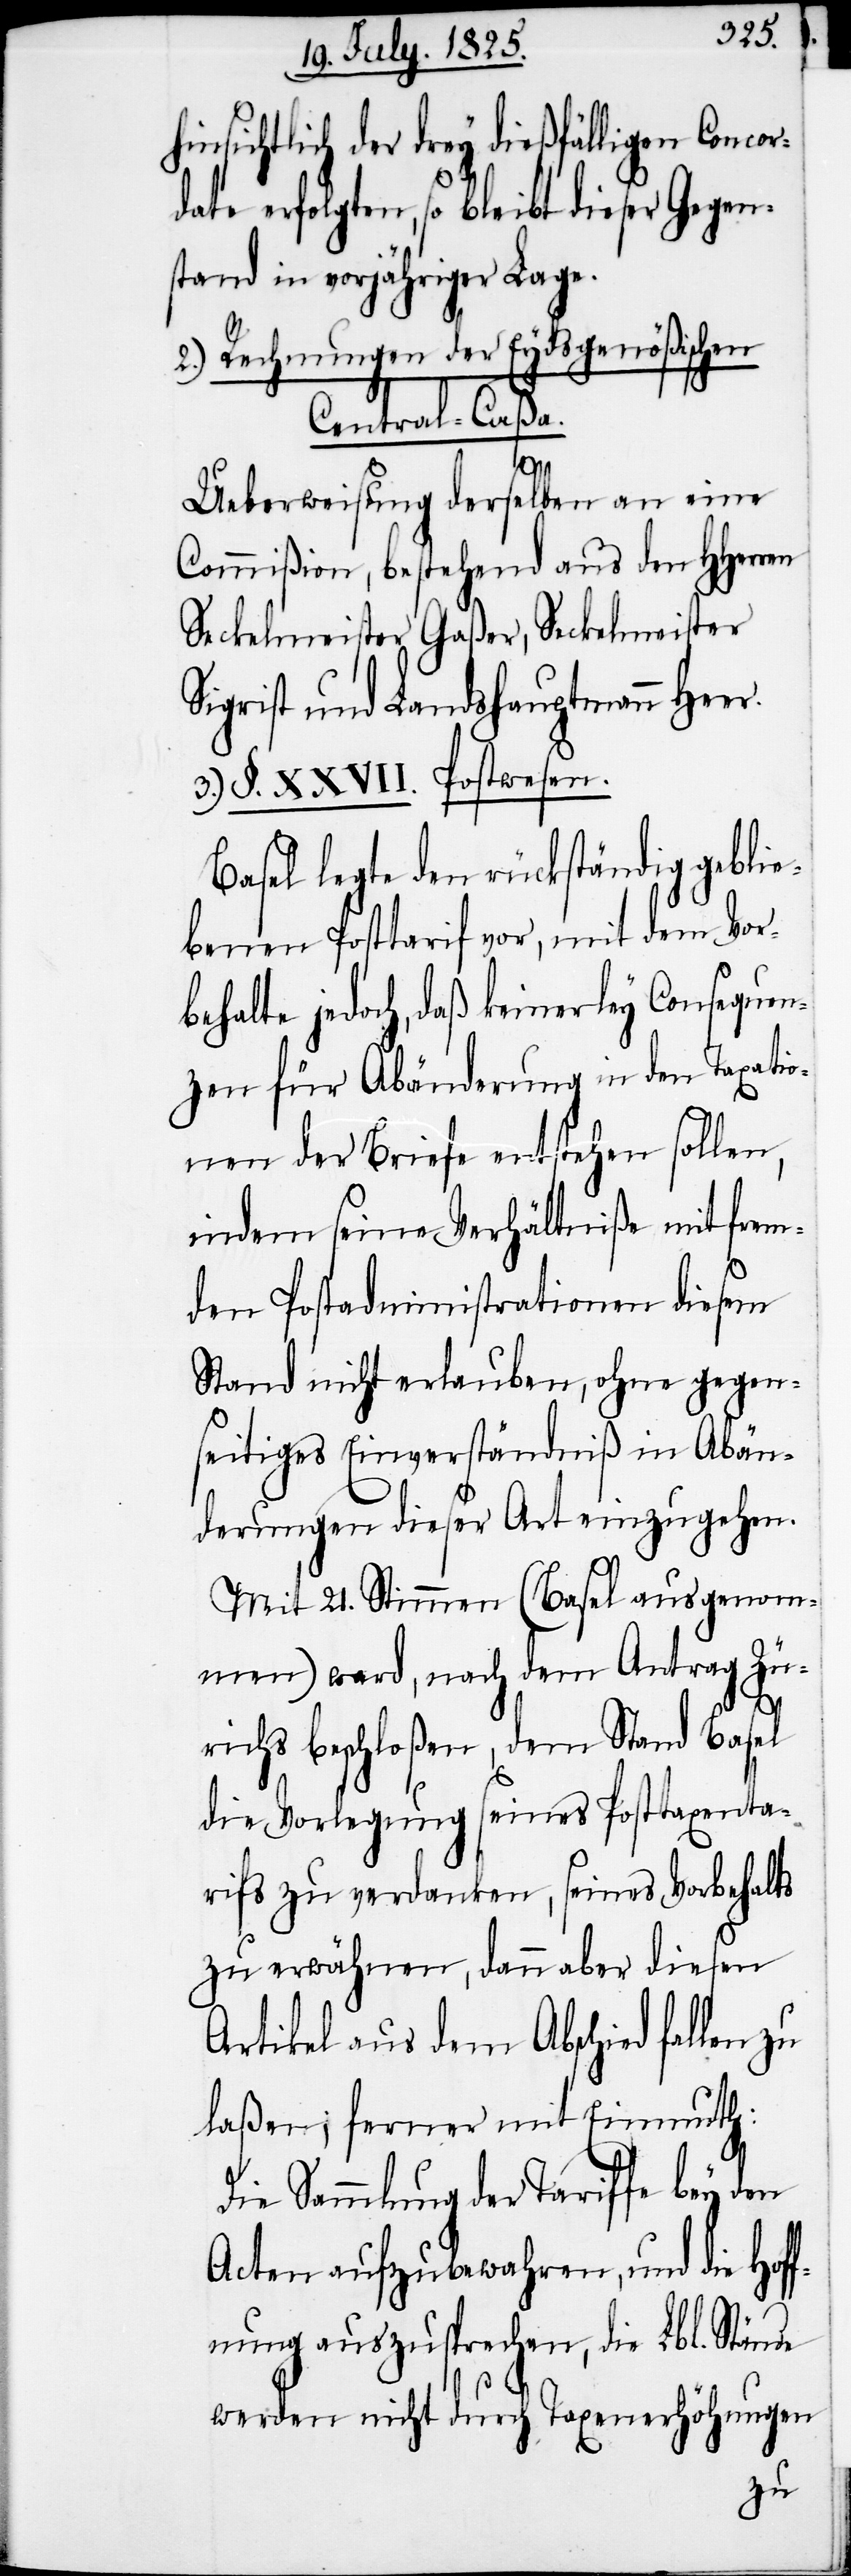
hinsichtlich der drey dießfälligen Concord¬
erfolgten, so bleibt dieser Gegen¬
stand in vorjähriger Lage.
2.) Rechnungen der Eydsgenößischen
Central-Caßa.
ate
Ueberweisung derselben an eine
Commißion, bestehend aus den HHerren
Seckelmeister Gaßer, Seckelmeister
Sigrist und Landshauptmann Heer.
3.) §. XXVII. Postwesen.
Basel legte den rückständig geblie¬
benen Posttarif vor, mit dem Vor¬
behalte jedoch, daß keinerley Consequen¬
zen für Abänderung in den Taxatio¬
nen der Briefe entstehen sollen,
indem seine Verhältniße mit frem¬
den Postadministrationen diesem
Stand nicht erlauben, ohne gegen¬
seitiges Einverständniß in Abän¬
derungen dieser Art einzugehen.
Mit 21. Stimmen (Basel ausgenom¬
men) ward, nach dem Stand
die Vorlegung seines Posttaxenta¬
rifs zu verdanken, seines Vorbehalts
zu erwähnen, dann aber diesen
Artikel aus dem Abschied fallen zu
laßen; ferner mit Einmuth:
Die Sammlung der Tariffe bey den
Acten aufzubewahren, und die Hof¬
fnung auszusprechen, die Lbl. Stände
werden nicht durch Taxenerhöhungen